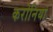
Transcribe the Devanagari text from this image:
करोनियां